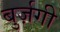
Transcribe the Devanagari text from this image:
बुर्ज़गी